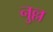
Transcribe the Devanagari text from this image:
नुल्ल